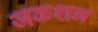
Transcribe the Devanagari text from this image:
जकशन